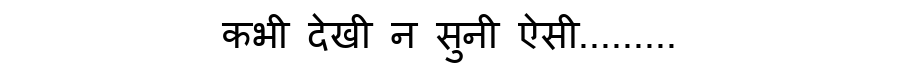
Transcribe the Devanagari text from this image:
कभी देखी न सुनी ऐसी.........